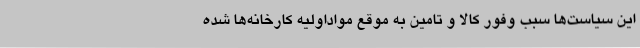
این سیاست‌ها سبب وفور کالا و تامین به موقع مواداولیه کارخانه‌ها شده